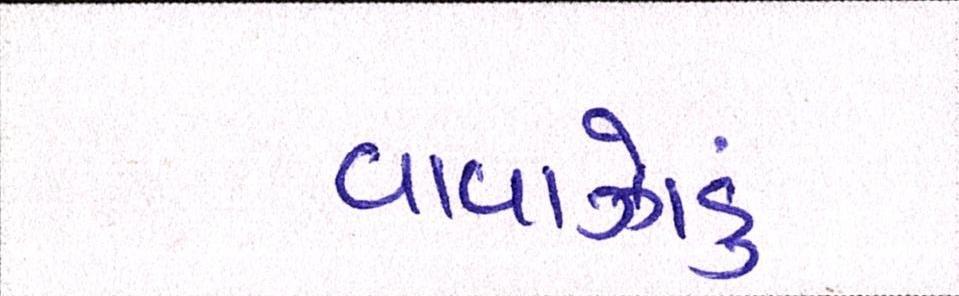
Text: વાવાઝોડું